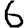
Digit: 6